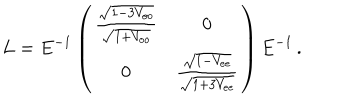
LaTeX: L = E ^ { - 1 } \left( \begin{array} { c c } { { \frac { \sqrt { 1 - 3 V _ { o o } } } { \sqrt { 1 + V _ { o o } } } } } & { { 0 } } \\ { { 0 } } & { { \frac { \sqrt { 1 - V _ { e e } } } { \sqrt { 1 + 3 V _ { e e } } } } } \\ \end{array} \right) E ^ { - 1 } \, .